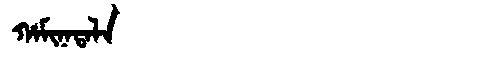
Manchu: ᡥᠠᠮᡳᠨᠠᡨᠠᠯᠠ
Romanization: HAMINATALA